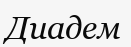
Диадем